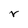
Character: r